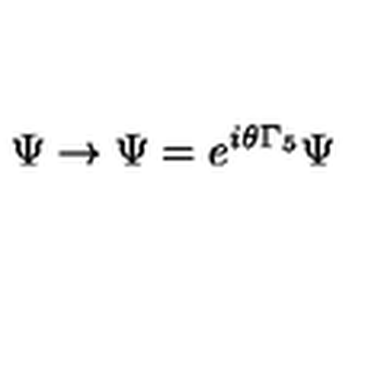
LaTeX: \Psi \rightarrow \Psi = e ^ { i \theta \Gamma _ { 5 } } \Psi